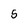
Character: 5